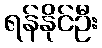
ရန်နိုင်ဦး